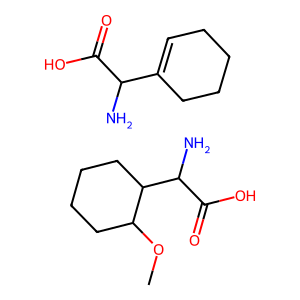
SMILES: COC1CCCCC1C(N)C(=O)O.NC(C(=O)O)C1=CCCCC1
Inhibits HIV replication: No